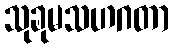
သုခုမသဟဂတာ